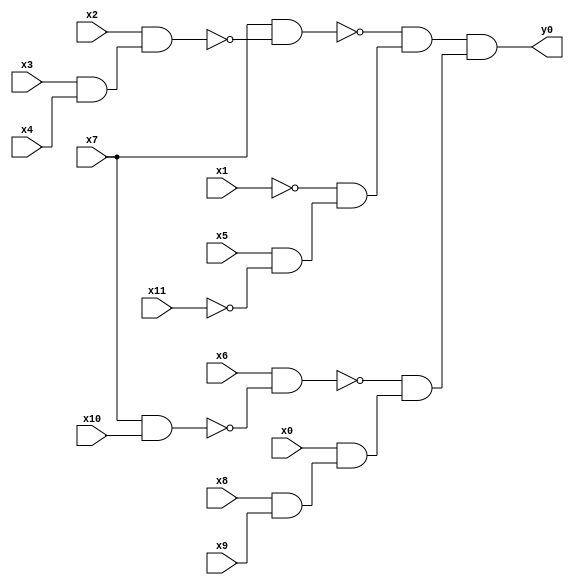
module top( x0 , x1 , x2 , x3 , x4 , x5 , x6 , x7 , x8 , x9 , x10 , x11 , y0 );
  input x0 , x1 , x2 , x3 , x4 , x5 , x6 , x7 , x8 , x9 , x10 , x11 ;
  output y0 ;
  wire n13 , n14 , n15 , n16 , n17 , n18 , n19 , n20 , n21 , n22 , n23 , n24 ;
  assign n13 = x3 & x4 ;
  assign n14 = x2 & n13 ;
  assign n15 = x7 & ~n14 ;
  assign n16 = x5 & ~x11 ;
  assign n17 = ~x1 & n16 ;
  assign n18 = ~n15 & n17 ;
  assign n19 = x7 & x10 ;
  assign n20 = x6 & ~n19 ;
  assign n21 = x8 & x9 ;
  assign n22 = x0 & n21 ;
  assign n23 = ~n20 & n22 ;
  assign n24 = n18 & n23 ;
  assign y0 = n24 ;
endmodule